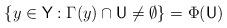
LaTeX: \begin{align*} \{ y \in \mathsf Y : \Gamma(y) \cap \mathsf U \neq \emptyset \} = \Phi(\mathsf U) \end{align*}